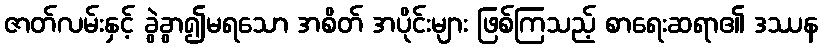
ဇာတ်လမ်းနှင့် ခွဲခွာ၍မရသော အစိတ် အပိုင်းများ ဖြစ်ကြသည့် စာရေးဆရာ၏ ဒဿန